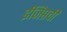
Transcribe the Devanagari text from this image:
ईजिप्तची